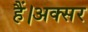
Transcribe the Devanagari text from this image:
हैं।अक्सर